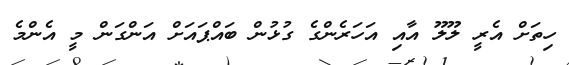
ހިތަށް އެރީ ލޫލޫ އާއި އަހަރެންގެ ގުޅުން ބައްޕައަށް އަންގަން މީ އެންމެ